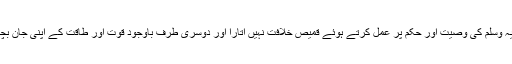
آپ نے ایک طرف تو حضور اکرم صلی اللہ علیہ وسلم کی وصیت اور حکم پر عمل کرتے ہوئے قمیص خلافت نہیں اتارا اور دوسری طرف باوجود قوت اور طاقت کے اپنی جان بچانے کے لیے مسلمانوں کو آپس میں نہیں لڑایا ۔